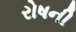
રોષની